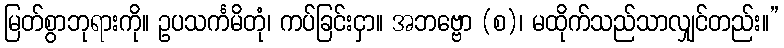
မြတ်စွာဘုရားကို။ ဥပသင်္ကမိတုံ၊ ကပ်ခြင်းငှာ။ အဘဗ္ဗော (စ)၊ မထိုက်သည်သာလျှင်တည်း။”